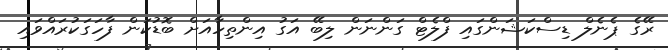
ރޭގެ ޕެނެލް ޑިސްކަޝަންގައި ފްލެޓް ގަންނަން ލިބޭ އަގު އިންތިހާއަށް ބޮޑުކަން ފާހަގަކުރައްވައި